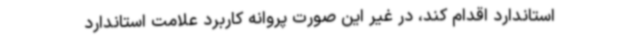
استاندارد اقدام کند، در غیر این ‌صورت پروانه کاربرد علامت استاندارد